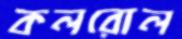
কলরোল